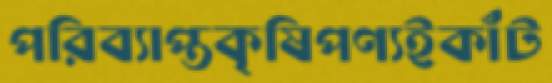
পরিব্যাপ্তকৃষিপণ্যইকাঁট